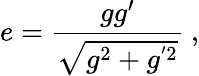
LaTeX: e=\frac{gg^{\prime}}{\sqrt{g^{2}+g^{'2}}}\ ,